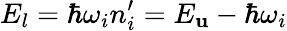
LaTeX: E_{l}=\hbar\omega_{i}n_{i}^{\prime}=E_{\mathbf{u}}-\hbar\omega_{i}